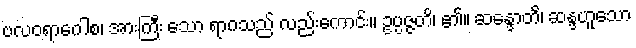
ဗလဝရာဂေါစ၊ အားကြီး သော ရာဂသည် လည်းကောင်း။ ဥပ္ပဇ္ဇတိ၊ ၏။ ဆန္ဒောတိ၊ ဆန္ဒဟူသော